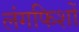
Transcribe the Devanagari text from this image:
लंगफिशों